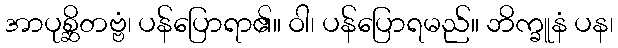
အာပုစ္ဆိတဗ္ဗံ၊ ပန်ပြောရာ၏။ ဝါ၊ ပန်ပြောရမည်။ ဘိက္ခူနံ ပန၊